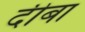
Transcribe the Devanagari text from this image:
दीबा